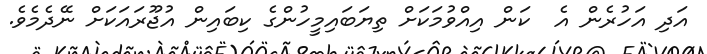
އަދި އަހުރެން އެ  ކަން އިއްވުމަކަށް ތިޔަބައިމީހުންގެ ކިބައިން އުޖޫރައަކަށް ނޭދެމެވެ.